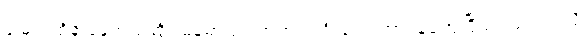
မြေးပဲထိန်းနေတယ်ဆို၊ မြန်မာပြည်အတွက် ဦးလေးတာဝန်ကျေပြီထင်သလားလို့